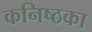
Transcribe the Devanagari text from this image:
कनिष्ठका